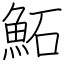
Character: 鮖